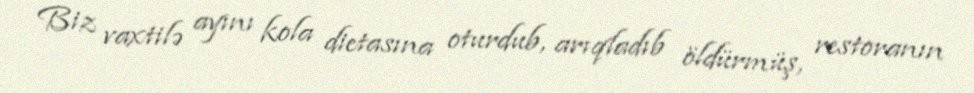
Biz vaxtilə ayını kola dietasına oturdub, arıqladıb öldürmüş, restoranın